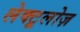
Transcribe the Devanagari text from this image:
लेक्टूलोज़